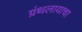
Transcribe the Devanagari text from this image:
ग्रंथलायाचा